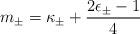
LaTeX: \begin{align*}m_{\pm} = \kappa_{\pm} + \frac{2\epsilon_{\pm} -1}{4}\end{align*}